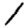
Digit: 1